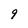
Character: 9